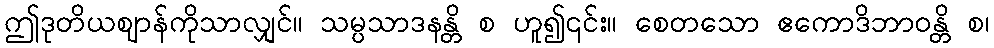
ဤဒုတိယဈာန်ကိုသာလျှင်။ သမ္ပသာဒနန္တိ စ ဟူ၍၎င်း။ စေတသော ဧကောဒိဘာဝန္တိ စ၊